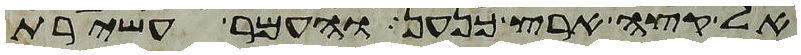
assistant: אל קצה ארץ כנען והעמר עשירת